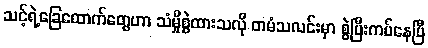
သင့်ရဲ့ခြေထောက်တွေဟာ သံမှိုစွဲထားသလို တမံသလင်းမှာ စွဲပြီးကပ်နေပြီ